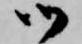
御